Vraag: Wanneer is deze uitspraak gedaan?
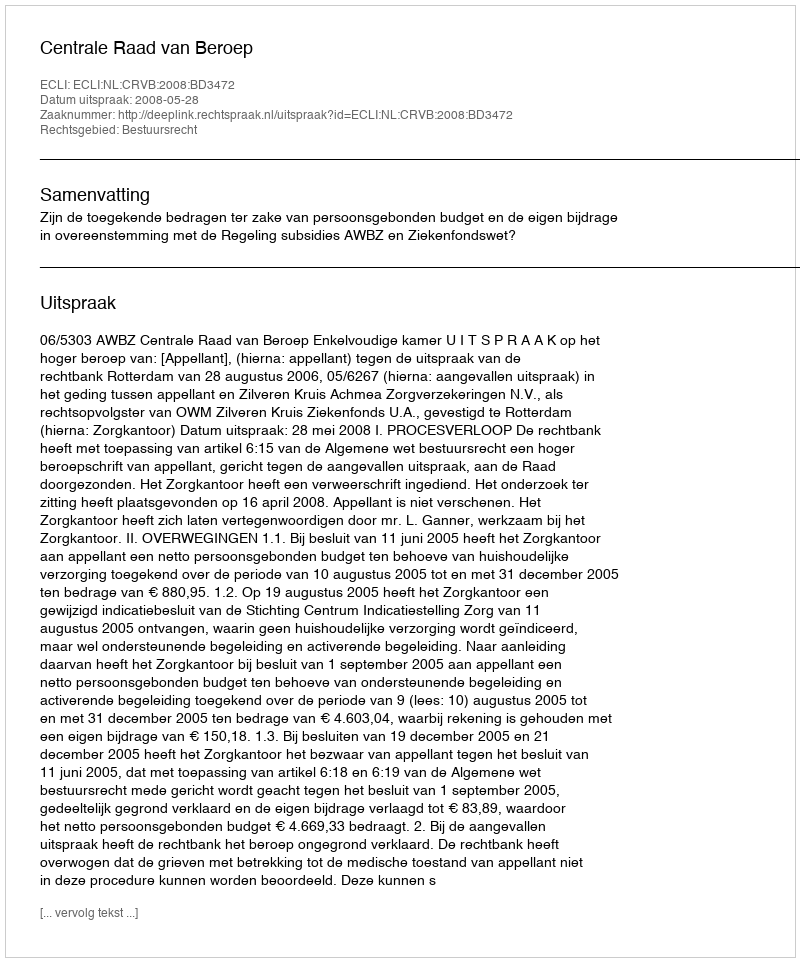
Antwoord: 2008-05-28